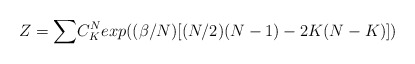
\begin{align*}Z = {\large\sum} C^N_K exp{\large(}(\beta/N)[(N/2)(N-1) - 2 K(N-K)]{\large)}\end{align*}